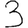
Digit: 3